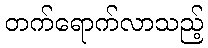
တက်ရောက်လာသည့်